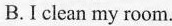
B.I clean my room.